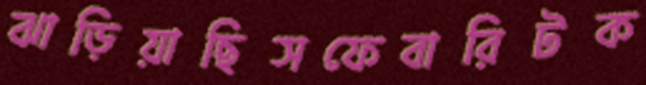
ঝাড়িয়াছিসফেবারিটক